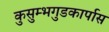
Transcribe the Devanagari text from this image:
कुसुम्भगुडकार्पास